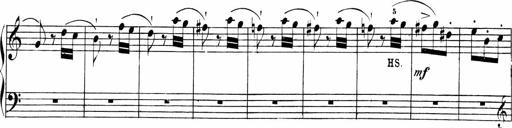
Title: Sonatinas
Composer: Andrew Violette